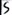
Text: S